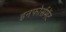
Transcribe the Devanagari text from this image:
इनफोर्समेंट